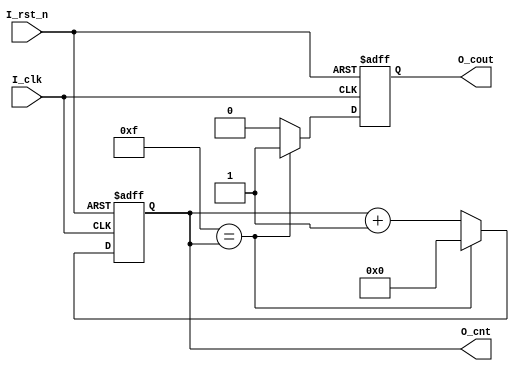
//*******************************FILE HEAD**************************************
//*********************Verilog HDL *********************
// FUNCTION        : 
// AUTHOR          : 
// DATE & REVISION : 
// COMPANY         : Verilog HDL 
// UPDATE          :
//******************************************************************************

module counter(
    input I_rst_n,
    input I_clk,
    
    output reg [7 : 0] O_cnt,//
    output reg O_cout //
    );
    
    parameter PERIOD = 8'D15;

//*********************************PROCESS**************************************
// FUNCTION        :PERIOD
//******************************************************************************     
    always @(negedge I_rst_n, posedge I_clk)
    begin
        if(~I_rst_n)
        begin
            O_cout <= 1'b0;
            O_cnt <= 8'd0;
        end
        else
        begin
            if(PERIOD == O_cnt)
            begin
                O_cnt <= 8'd0;
                O_cout <= 1'b1;
            end
            else
            begin
                O_cnt <= O_cnt + 8'd1;
                O_cout <= 1'b0;
            end
        end
    end
endmodule

// END OF count.v FILE *********************************************************